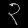
Digit: ၃